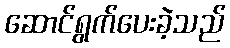
ဆောင်ရွက်ပေးခဲ့သည်